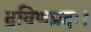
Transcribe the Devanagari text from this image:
द्रविणप्रदः।